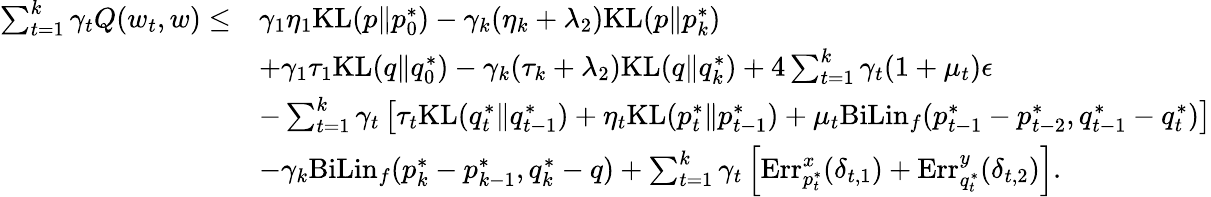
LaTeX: \begin{array}{rl}{\sum_{t=1}^{k}\gamma_{t}Q(w_{t},w)\leq}&{\gamma_{1}\eta_{1}\mathrm{KL}(p\| p_{0}^{*})-\gamma_{k}(\eta_{k}+\lambda_{2})\mathrm{KL}(p\| p_{k}^{*})}\\ &{+\gamma_{1}\tau_{1}\mathrm{KL}(q\| q_{0}^{*})-\gamma_{k}(\tau_{k}+\lambda_{2})\mathrm{KL}(q\| q_{k}^{*})+4\sum_{t=1}^{k}\gamma_{t}(1+\mu_{t})\epsilon}\\ &{-\sum_{t=1}^{k}\gamma_{t}\left[\tau_{t}\mathrm{KL}(q_{t}^{*}\| q_{t-1}^{*})+\eta_{t}\mathrm{KL}(p_{t}^{*}\| p_{t-1}^{*})+\mu_{t}\mathrm{BiLin}_{f}(p_{t-1}^{*}-p_{t-2}^{*},q_{t-1}^{*}-q_{t}^{*})\right]}\\ &{-\gamma_{k}\mathrm{BiLin}_{f}(p_{k}^{*}-p_{k-1}^{*},q_{k}^{*}-q)+\sum_{t=1}^{k}\gamma_{t}\left[\mathrm{Err}_{p_{t}^{*}}^{x}(\delta_{t,1})+\mathrm{Err}_{q_{t}^{*}}^{y}(\delta_{t,2})\right].}\end{array}